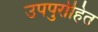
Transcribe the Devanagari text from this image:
उपपुरोहित